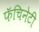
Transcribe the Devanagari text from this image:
फॅचिनेटी